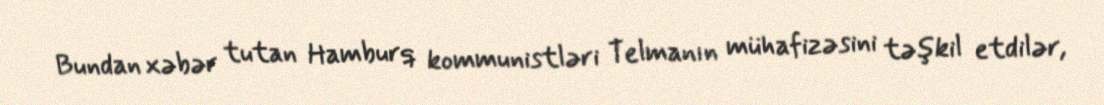
Bundan xəbər tutan Hamburq kommunistləri Telmanın mühafizəsini təşkil etdilər,